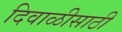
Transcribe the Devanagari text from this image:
दिवाळीसाठी